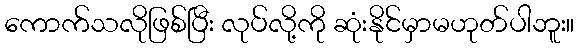
ကောက်သလိုဖြစ်ပြီး လုပ်လို့ကို ဆုံးနိုင်မှာမဟုတ်ပါဘူး။